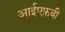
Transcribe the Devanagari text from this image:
आईएफ़बी